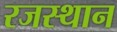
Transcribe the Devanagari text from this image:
रजस्थान